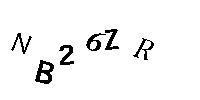
NB26ZR